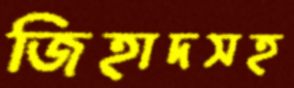
জিহাদসহ